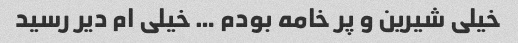
خیلی شیرین و پر خامه بودم … خیلی ام دیر رسید